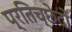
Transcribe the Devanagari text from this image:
प्रतिच्छेदों